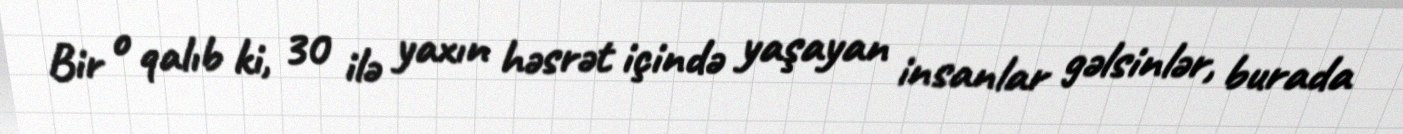
Bir o qalıb ki, 30 ilə yaxın həsrət içində yaşayan insanlar gəlsinlər, burada